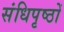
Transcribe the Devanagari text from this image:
संधिपृष्ठों